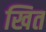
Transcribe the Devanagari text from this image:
खित